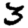
Digit: 3